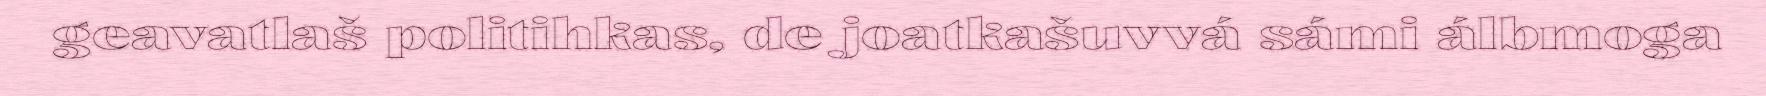
geavatlaš politihkas, de joatkašuvvá sámi álbmoga